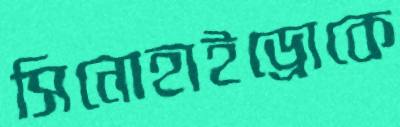
সিনোহাইড্রোকে